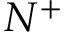
N ^ { + }